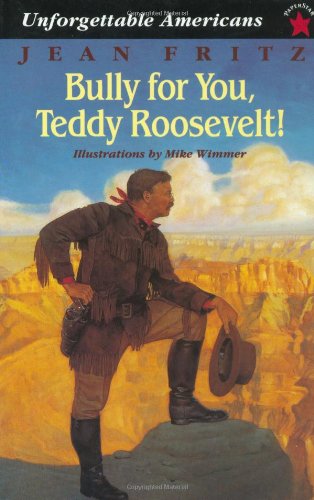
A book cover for Bully for You, Teddy Roosevelt! (Unforgettable Americans); Jean Fritz; Children's Books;